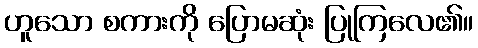
ဟူသော စကားကို ပြောမဆုံး ပြုကြလေ၏။